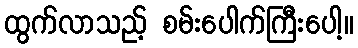
ထွက်လာသည့် စမ်းပေါက်ကြီးပေါ့။